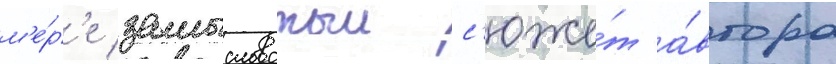
м'е́р'е замысловатыи с'юже́т а́втора